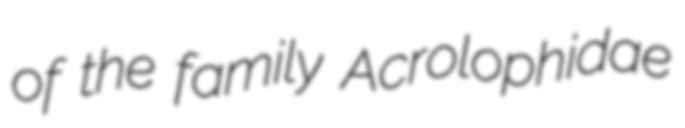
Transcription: of the family Acrolophidae